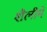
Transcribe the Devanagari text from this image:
शैलीमें